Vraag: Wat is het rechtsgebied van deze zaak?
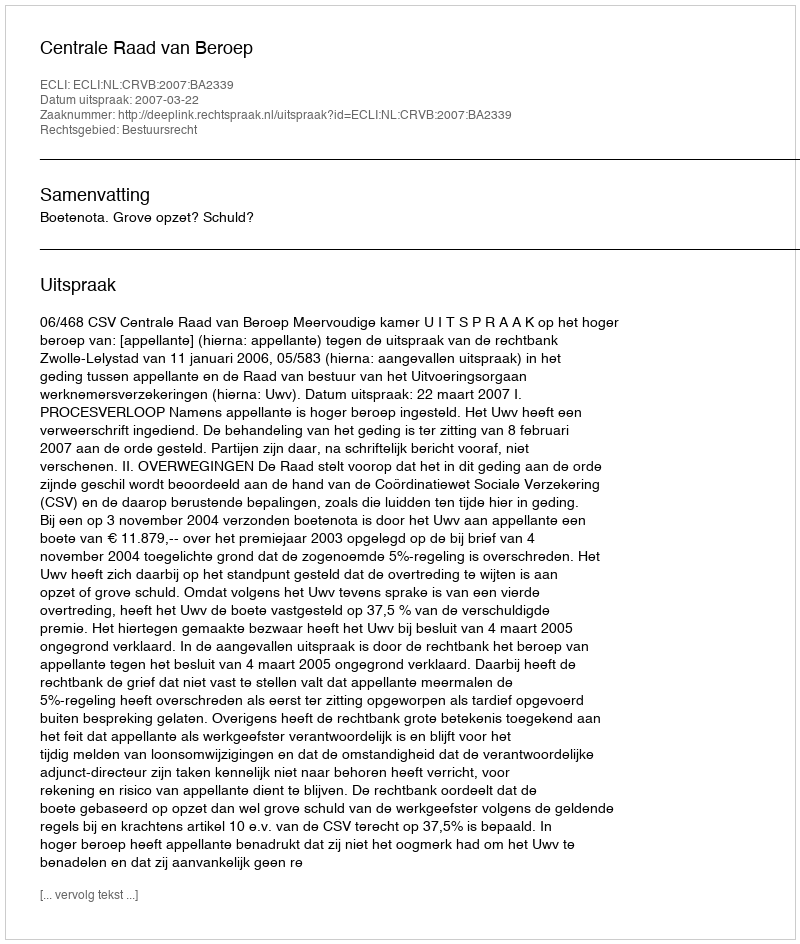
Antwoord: Bestuursrecht